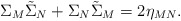
\begin{align*}\Sigma_M\tilde\Sigma_N+\Sigma_N\tilde\Sigma_M=2\eta_{MN}.\end{align*}